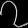
Digit: ၇